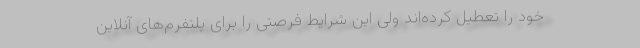
خود را تعطیل کرده‌اند ولی این شرایط فرصتی را برای پلتفرم‌های آنلاین